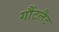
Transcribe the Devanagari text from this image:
गौंटलैट